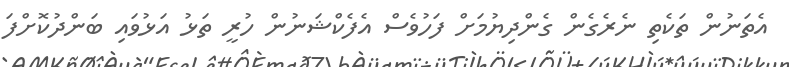
އެތަނުން ތަކެތި ނެރެގެން ގެންދިޔުމަށް ފަހުވެސް އެފެކްޝަނުން ހުރީ ތަޅު އަޅުވައި ބަންދުކޮށްފަ